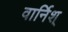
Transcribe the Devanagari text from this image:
वार्निश्